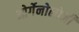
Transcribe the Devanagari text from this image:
ओर्गेनोलोजी